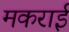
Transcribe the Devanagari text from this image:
मकराई